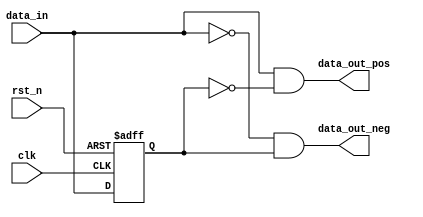
//************************************************************************//
// edge detect 
module sync_edge (
    input   wire        clk,
    input   wire        rst_n,
    input   wire        data_in,
    output  wire        data_out_pos,
    output  wire        data_out_neg
);
//************************************************************************//
    reg     [0:0]       data_sync;
//************************************************************************//
    always @(posedge clk or negedge rst_n) begin
        if (!rst_n) begin
            data_sync <= 1'b0;
        end
        else begin
            data_sync <= data_in;
        end
    end

    assign data_out_pos = data_in & !data_sync;
    assign data_out_neg = !data_in & data_sync;
endmodule //sync_edge